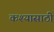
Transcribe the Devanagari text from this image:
कश्यासाठी